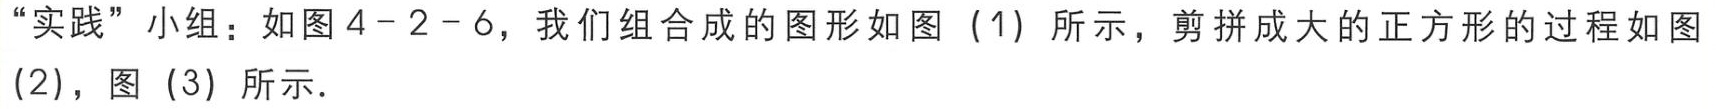
“实践”小组：如图4 - 2 - 6，我们组合成的图形如图（1）所示，剪拼成大的正方形的过程如图（2），图（3）所示．